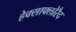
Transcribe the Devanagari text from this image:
हेक्साफ्लोरैद